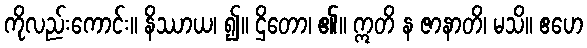
ကိုလည်းကောင်း။ နိဿာယ၊ ၍။ ဌိတော၊ ၏။ ဣတိ န ဇာနာတိ၊ မသိ။ ဧဟေ